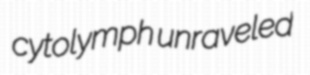
cytolymph unraveled